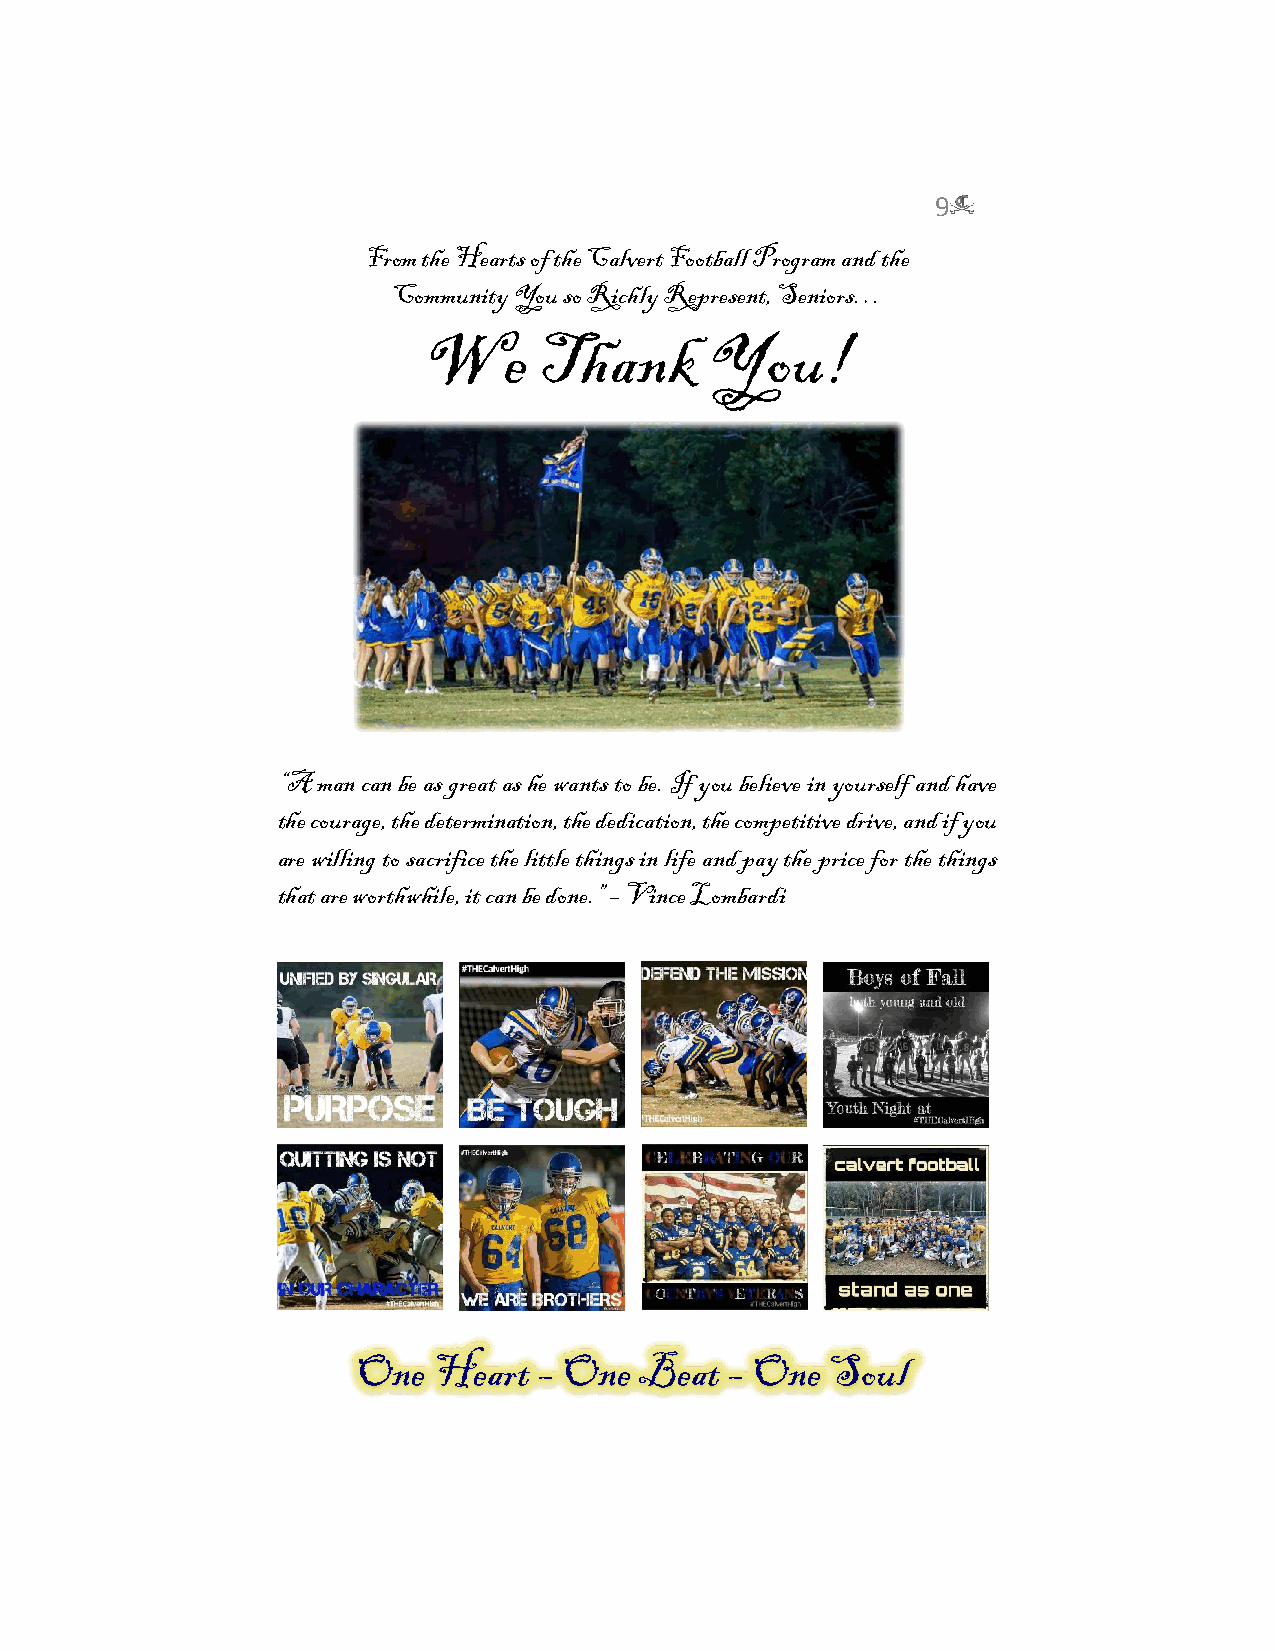
9
 9
 From the Hearts of the Calvert Football Program and the
 Community You so Richly Represent, Seniors…
 We      Thank      You!
 “A man can be as great as he wants to be. If you believe in yourself and have
 the courage, the determination, the dedication, the competitive drive, and if you
 are willing to sacrifice the little things in life and pay the price for the things
 that are worthwhile, it can be done.” – Vince Lombardi
 One  Heart  – One Beat  – One  Soul